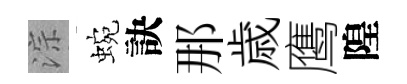
淙蜿訣那歳鹰隍